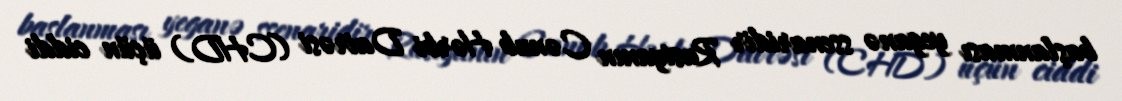
başlanması yeganə ssenaridir Rusiyanın Cənub Hərbi Dairəsi (CHD) üçün ciddi